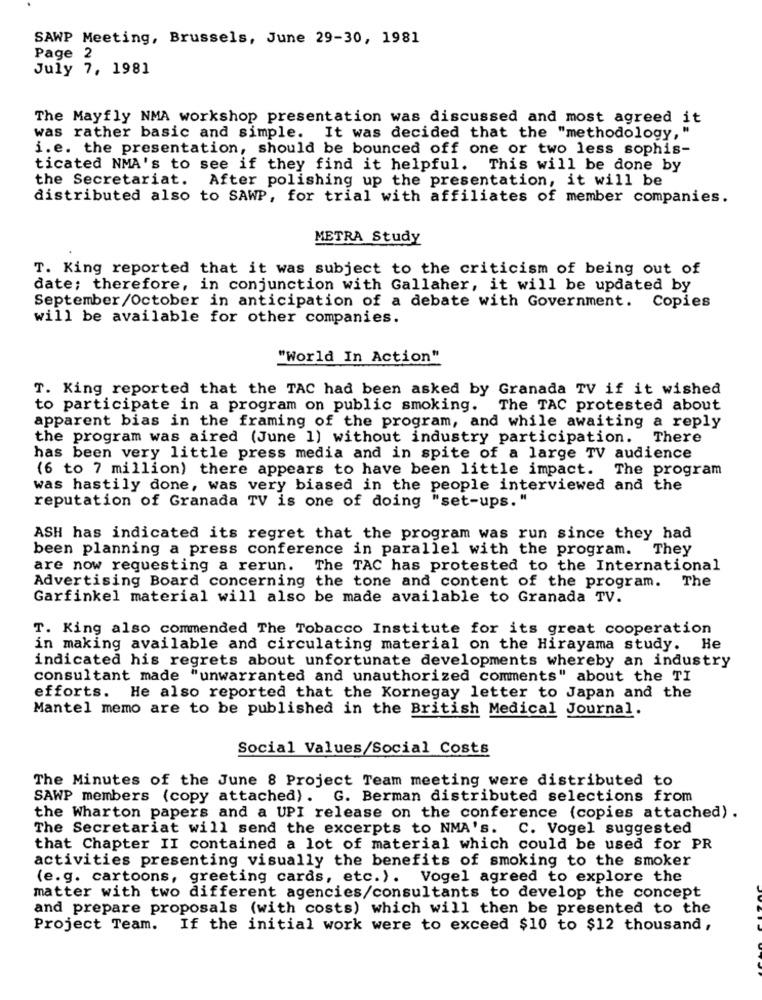
SAWP Meeting, Brussels, June 29-30, 1981
Page 2
July 7, 1981
The Mayfly NMA workshop presentation was discussed and most agreed it
was rather basic and simple. It was decided that the "methodology, "
i.e. the presentation, should be bounced off one or two less sophis-
ticated NMA's to see if they find it helpful. This will be done by
the Secretariat. After polishing up the presentation, it will be
distributed also to SAWP, for trial with affiliates of member companies.
METRA Study
T. King reported that it was subject to the criticism of being out of
date; therefore, in conjunction with Gallaher, it will be updated by
September/October in anticipation of a debate with Government. Copies
will be available for other companies.
"World In Action"
T. King reported that the TAC had been asked by Granada TV if it wished
to participate in a program on public smoking. The TAC protested about
apparent bias in the framing of the program, and while awaiting a reply
the program was aired (June 1) without industry participation. There
has been very little press media and in spite of a large TV audience
(6 to 7 million) there appears to have been little impact. The program
was hastily done, was very biased in the people interviewed and the
reputation of Granada TV is one of doing "set-ups. "
ASH has indicated its regret that the program was run since they had
been planning a press conference in parallel with the program.
They
are now requesting a rerun. The TAC has protested to the International
Advertising Board concerning the tone and content of the program. The
Garfinkel material will also be made available to Granada TV.
T. King also commended The Tobacco Institute for its great cooperation
in making available and circulating material on the Hirayama study. He
indicated his regrets about unfortunate developments whereby an industry
consultant made "unwarranted and unauthorized comments" about the TI
efforts. He also reported that the Kornegay letter to Japan and the
Mantel memo are to be published in the British Medical Journal.
Social Values/Social Costs
The Minutes of the June 8 Project Team meeting were distributed to
SAWP members (copy attached). G. Berman distributed selections from
the Wharton papers and a UPI release on the conference (copies attached).
The Secretariat will send the excerpts to NMA's. C. Vogel suggested
that Chapter II contained a lot of material which could be used for PR
activities presenting visually the benefits of smoking to the smoker
(e.g. cartoons, greeting cards, etc. ). Vogel agreed to explore the
matter with two different agencies/consultants to develop the concept
and prepare proposals (with costs) which will then be presented to the
Project Team. If the initial work were to exceed $10 to $12 thousand,